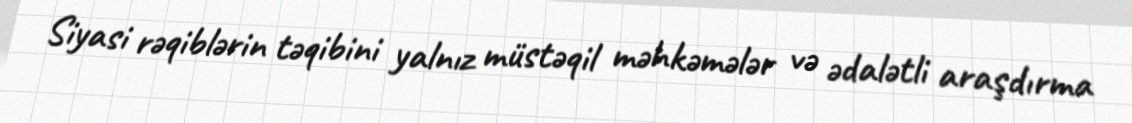
Siyasi rəqiblərin təqibini yalnız müstəqil məhkəmələr və ədalətli araşdırma